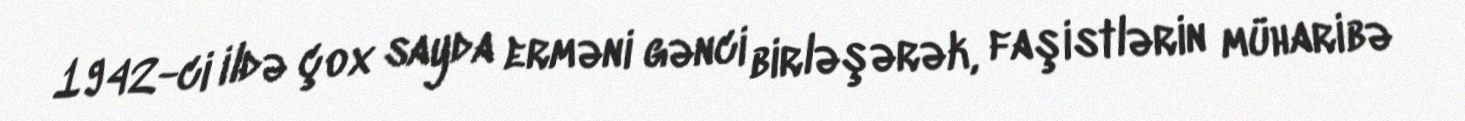
1942-ci ildə çox sayda erməni gənci birləşərək, faşistlərin müharibə